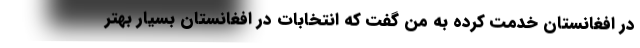
در افغانستان خدمت کرده به من گفت که انتخابات در افغانستان بسیار بهتر